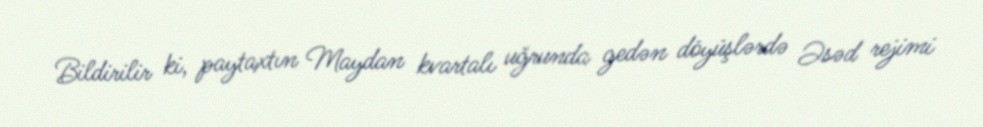
Bildirilir ki, paytaxtın Maydan kvartalı uğrunda gedən döyüşlərdə Əsəd rejimi